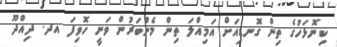
ކިނޮޅަހުގެ ތިން ގޮނޑިއަށް އަމިއްލަ ތިން މެންބަރުން ވަނީ ހޮވިފަ އދ. ދިއްދޫ